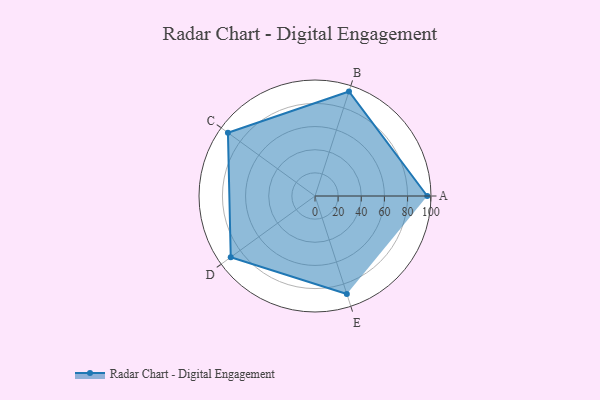
{"axis": {"x": "Skill", "y": "Score"}, "legend": ["Profile"], "data": [{"x": "A", "y": 97.0, "type": "Profile"}, {"x": "B", "y": 95.0, "type": "Profile"}, {"x": "C", "y": 93.0, "type": "Profile"}, {"x": "D", "y": 90.0, "type": "Profile"}, {"x": "E", "y": 89.0, "type": "Profile"}]}